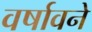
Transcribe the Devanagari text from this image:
वर्षावने